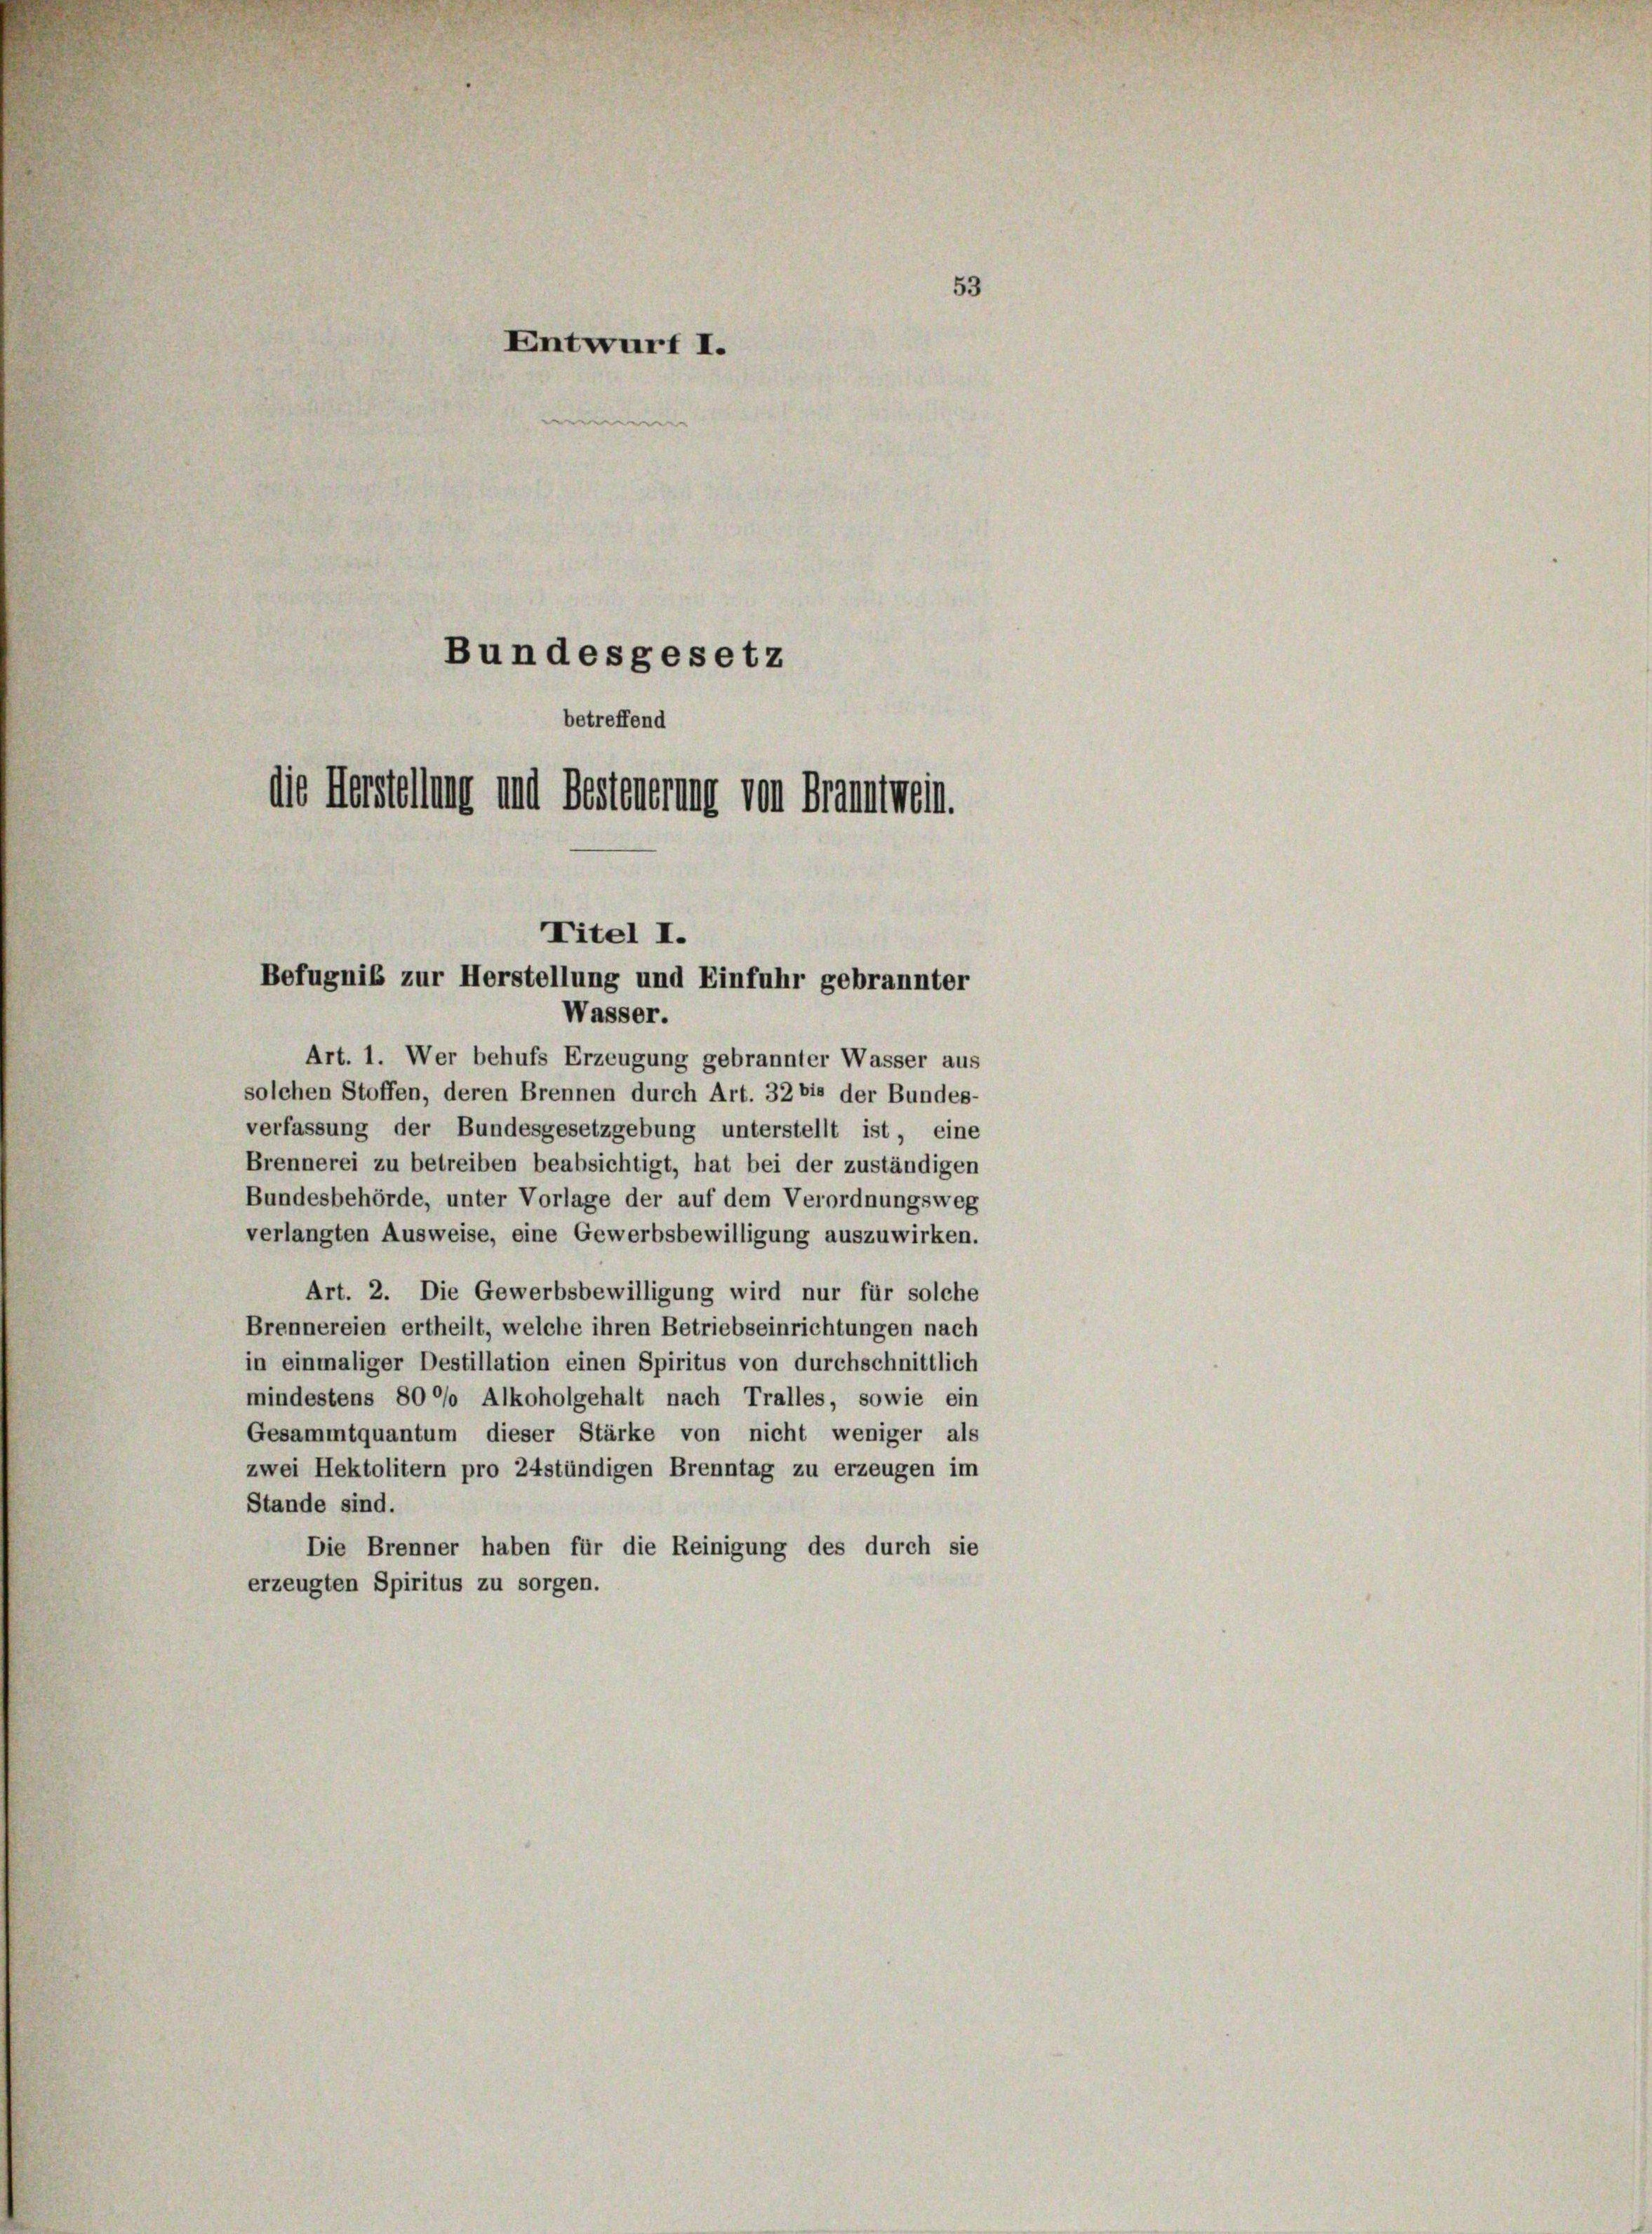
Entwurf I.
Bundesgesetz
betreffend
die Herstellung und Besteuerung von Branntwein.

Art. 1. Wer behufs Erzeugung gebrannter Wasser aus
solchen Stoffen, deren Brennen durch Art. 32 bis der Bundes-
verfassung der Bundesgesetzgebung unterstellt ist eine
Brennerei zu betreiben beabsichtigt, hat bei der zuständigen
Bundesbehörde, unter Vorlage der auf dem Verordnungsweg
verlangten Ausweise, eine Gewerbsbewilligung auszuwirken.
Art. 2. Die Gewerbsbewilligung wird nur für solche
Brennereien ertheilt, welche ihren Betriebseinrichtungen nach
in einmaliger Destillation einen Spiritus von durchschnittlich
mindestens 80 °/o Alkoholgehalt nach Tralles, sowie ein
Gesammtquantum dieser Stärke von nicht weniger als
zwei Hektolitern pro 24stündigen Brenntag zu erzeugen im
Stande sind.
Die Brenner haben für die Reinigung des durch sie
erzeugten Spiritus zu sorgen.

53

Titel I.
Befugnis zur Herstellung und Einfuhr gebrannter
Wasser.